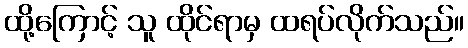
ထို့ကြောင့် သူ ထိုင်ရာမှ ထရပ်လိုက်သည်။